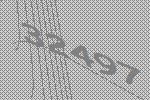
32497